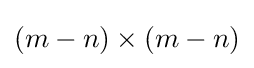
(m-n)\times (m-n)